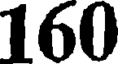
160